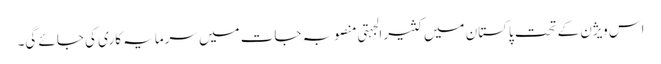
اس ویژن کے تحت پاکستان میں کثیرالجہتی منصوبہ جات میں سرمایہ کاری کی جائے گی۔